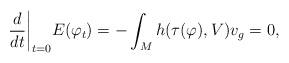
LaTeX: \begin{align*} \frac{d}{dt}\bigg\vert_{t=0}E(\varphi_t)=-\int_Mh(\tau(\varphi),V)v_g=0,\end{align*}